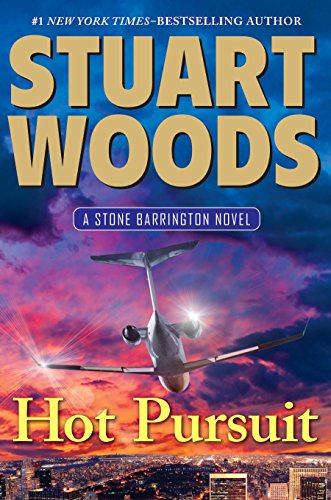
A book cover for Hot Pursuit (A Stone Barrington Novel); Stuart Woods; Literature & Fiction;